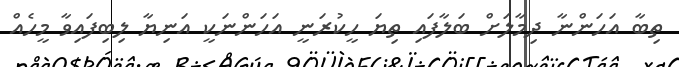
ތިބާ އަހަންނާ ދިމާލަށް ބަލާފައި ތިޔަ ހީކުރަނީ އަހަންނަކީ އަނިޔާ ލިބިފައިވާ މީހެއް